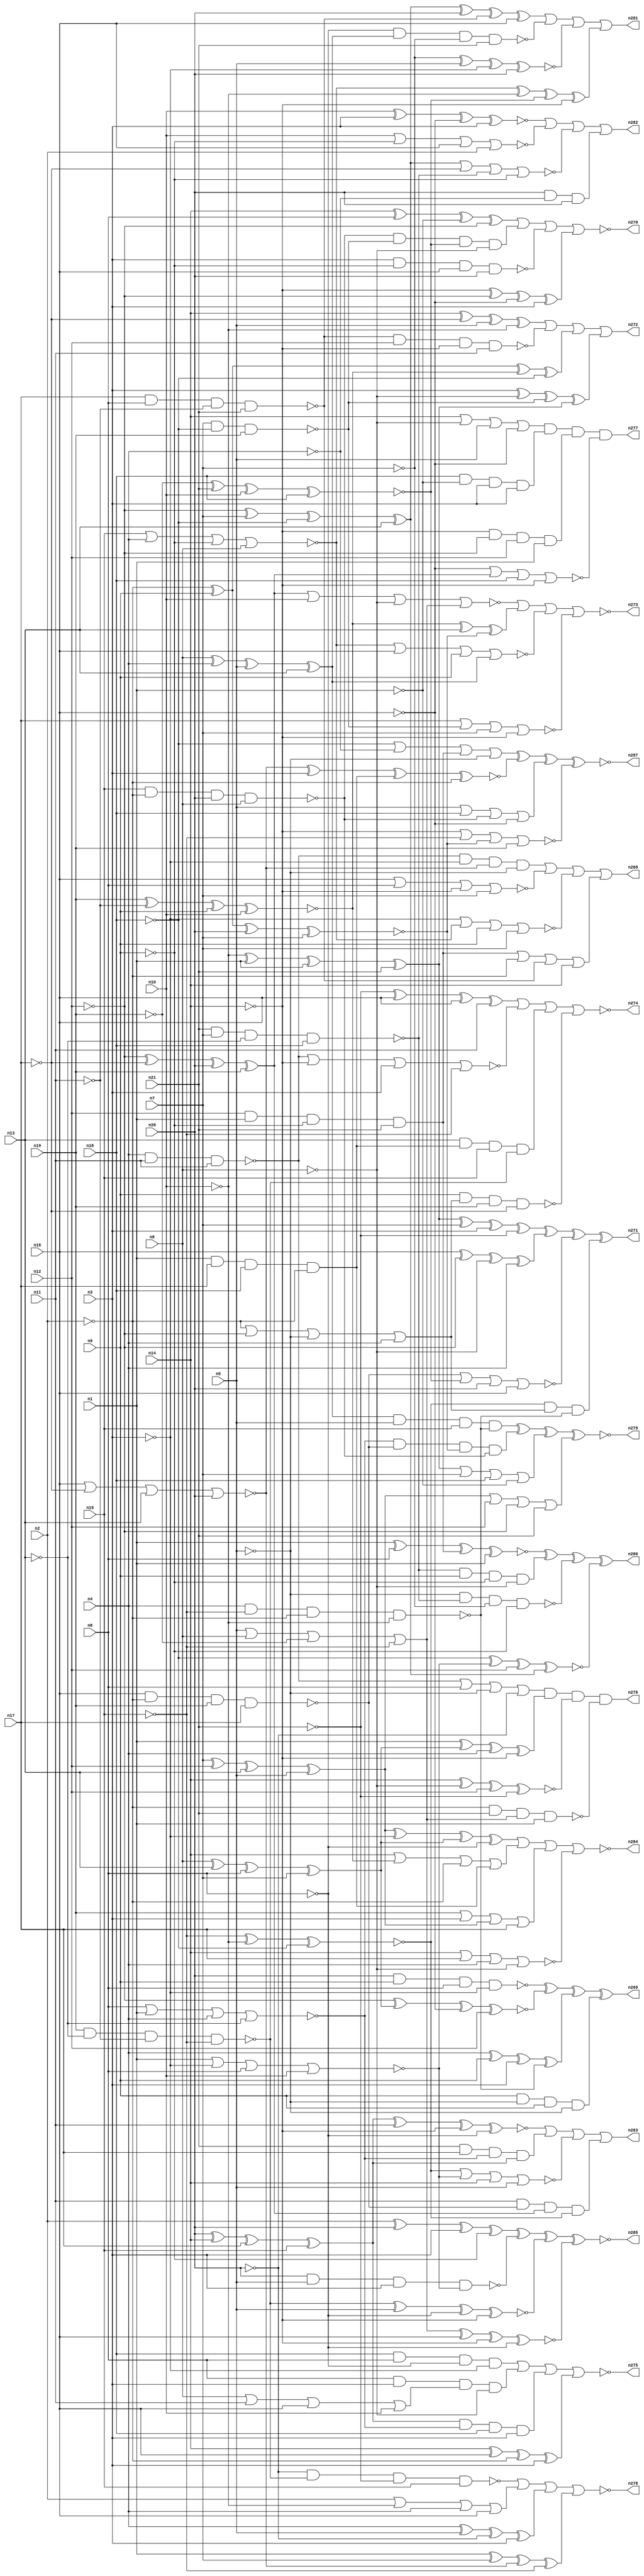
// Benchmark C:\Users\Lucas Nestor\Documents\osu\sp21\esl\circuit_generation\Stats\5_24_randomized_params\Stat_264_47 written by SynthGen on 2021/05/24 19:47:34
module Stat_264_47( n1, n2, n3, n4, n5, n6, n7, n8,
 n9, n10, n11, n12, n13, n14, n15, n16,
 n17, n18, n19, n20, n21,
 n284, n273, n276, n283, n279, n278, n280, n274,
 n269, n277, n282, n267, n272, n285, n268, n270,
 n271, n275, n281);

input n1, n2, n3, n4, n5, n6, n7, n8,
 n9, n10, n11, n12, n13, n14, n15, n16,
 n17, n18, n19, n20, n21;

output n284, n273, n276, n283, n279, n278, n280, n274,
 n269, n277, n282, n267, n272, n285, n268, n270,
 n271, n275, n281;

wire n22, n23, n24, n25, n26, n27, n28, n29,
 n30, n31, n32, n33, n34, n35, n36, n37,
 n38, n39, n40, n41, n42, n43, n44, n45,
 n46, n47, n48, n49, n50, n51, n52, n53,
 n54, n55, n56, n57, n58, n59, n60, n61,
 n62, n63, n64, n65, n66, n67, n68, n69,
 n70, n71, n72, n73, n74, n75, n76, n77,
 n78, n79, n80, n81, n82, n83, n84, n85,
 n86, n87, n88, n89, n90, n91, n92, n93,
 n94, n95, n96, n97, n98, n99, n100, n101,
 n102, n103, n104, n105, n106, n107, n108, n109,
 n110, n111, n112, n113, n114, n115, n116, n117,
 n118, n119, n120, n121, n122, n123, n124, n125,
 n126, n127, n128, n129, n130, n131, n132, n133,
 n134, n135, n136, n137, n138, n139, n140, n141,
 n142, n143, n144, n145, n146, n147, n148, n149,
 n150, n151, n152, n153, n154, n155, n156, n157,
 n158, n159, n160, n161, n162, n163, n164, n165,
 n166, n167, n168, n169, n170, n171, n172, n173,
 n174, n175, n176, n177, n178, n179, n180, n181,
 n182, n183, n184, n185, n186, n187, n188, n189,
 n190, n191, n192, n193, n194, n195, n196, n197,
 n198, n199, n200, n201, n202, n203, n204, n205,
 n206, n207, n208, n209, n210, n211, n212, n213,
 n214, n215, n216, n217, n218, n219, n220, n221,
 n222, n223, n224, n225, n226, n227, n228, n229,
 n230, n231, n232, n233, n234, n235, n236, n237,
 n238, n239, n240, n241, n242, n243, n244, n245,
 n246, n247, n248, n249, n250, n251, n252, n253,
 n254, n255, n256, n257, n258, n259, n260, n261,
 n262, n263, n264, n265, n266;

not  g0 (n82, n9);
not  g1 (n67, n14);
buf  g2 (n77, n8);
buf  g3 (n39, n1);
buf  g4 (n84, n1);
buf  g5 (n22, n13);
not  g6 (n49, n15);
buf  g7 (n63, n15);
buf  g8 (n25, n6);
buf  g9 (n28, n8);
not  g10 (n57, n2);
not  g11 (n30, n2);
not  g12 (n83, n13);
not  g13 (n42, n14);
not  g14 (n35, n2);
buf  g15 (n80, n6);
buf  g16 (n79, n20);
not  g17 (n47, n19);
buf  g18 (n62, n21);
not  g19 (n46, n5);
buf  g20 (n74, n11);
buf  g21 (n53, n9);
not  g22 (n68, n15);
not  g23 (n52, n3);
buf  g24 (n50, n16);
buf  g25 (n76, n10);
buf  g26 (n44, n21);
buf  g27 (n71, n19);
buf  g28 (n66, n20);
buf  g29 (n60, n16);
buf  g30 (n45, n3);
buf  g31 (n23, n21);
buf  g32 (n27, n1);
buf  g33 (n38, n8);
buf  g34 (n26, n14);
not  g35 (n70, n4);
buf  g36 (n32, n12);
buf  g37 (n40, n17);
not  g38 (n78, n17);
not  g39 (n48, n18);
not  g40 (n58, n12);
buf  g41 (n37, n10);
not  g42 (n55, n12);
buf  g43 (n73, n7);
buf  g44 (n56, n7);
buf  g45 (n51, n5);
not  g46 (n43, n16);
buf  g47 (n69, n9);
buf  g48 (n75, n20);
buf  g49 (n41, n4);
buf  g50 (n36, n18);
buf  g51 (n24, n19);
buf  g52 (n72, n4);
buf  g53 (n31, n18);
buf  g54 (n59, n5);
buf  g55 (n29, n3);
not  g56 (n81, n11);
buf  g57 (n54, n13);
buf  g58 (n64, n17);
buf  g59 (n65, n6);
not  g60 (n33, n10);
buf  g61 (n34, n11);
buf  g62 (n61, n7);
not  g63 (n162, n52);
not  g64 (n133, n47);
not  g65 (n186, n80);
buf  g66 (n120, n45);
not  g67 (n135, n57);
buf  g68 (n180, n70);
buf  g69 (n104, n75);
buf  g70 (n161, n45);
not  g71 (n102, n84);
buf  g72 (n95, n67);
buf  g73 (n114, n59);
not  g74 (n127, n75);
not  g75 (n154, n56);
not  g76 (n134, n55);
buf  g77 (n116, n66);
not  g78 (n160, n59);
not  g79 (n129, n70);
not  g80 (n163, n60);
not  g81 (n103, n69);
buf  g82 (n158, n26);
buf  g83 (n117, n67);
not  g84 (n108, n69);
buf  g85 (n132, n61);
buf  g86 (n145, n39);
not  g87 (n98, n28);
not  g88 (n170, n42);
not  g89 (n110, n51);
buf  g90 (n131, n58);
buf  g91 (n126, n66);
not  g92 (n92, n40);
not  g93 (n152, n65);
not  g94 (n143, n43);
buf  g95 (n93, n34);
buf  g96 (n155, n29);
not  g97 (n109, n43);
not  g98 (n164, n28);
buf  g99 (n87, n38);
buf  g100 (n138, n53);
buf  g101 (n130, n62);
buf  g102 (n88, n67);
buf  g103 (n153, n52);
buf  g104 (n146, n68);
not  g105 (n176, n31);
buf  g106 (n141, n22);
buf  g107 (n185, n42);
not  g108 (n125, n42);
buf  g109 (n140, n43);
buf  g110 (n128, n35);
not  g111 (n169, n82);
buf  g112 (n156, n36);
not  g113 (n151, n25);
buf  g114 (n171, n32);
not  g115 (n119, n37);
not  g116 (n178, n46);
not  g117 (n86, n44);
not  g118 (n121, n49);
buf  g119 (n113, n29);
buf  g120 (n188, n58);
buf  g121 (n94, n50);
buf  g122 (n89, n74);
buf  g123 (n115, n84);
not  g124 (n147, n26);
buf  g125 (n184, n53);
buf  g126 (n107, n50);
buf  g127 (n183, n61);
buf  g128 (n142, n30);
buf  g129 (n139, n31);
buf  g130 (n90, n23);
not  g131 (n179, n46);
not  g132 (n136, n70);
not  g133 (n100, n29);
buf  g134 (n175, n28);
buf  g135 (n157, n45);
not  g136 (n111, n23);
buf  g137 (n168, n37);
buf  g138 (n91, n64);
buf  g139 (n123, n77);
not  g140 (n112, n78);
xnor g141 (n124, n49, n33, n48);
nand g142 (n137, n50, n30, n71, n64);
xnor g143 (n101, n57, n53, n79, n56);
xor  g144 (n177, n25, n54, n77, n73);
xor  g145 (n167, n55, n73, n48, n54);
or   g146 (n187, n30, n55, n46, n41);
xor  g147 (n181, n25, n72, n51, n54);
nand g148 (n174, n63, n57, n79, n65);
or   g149 (n96, n59, n80, n47, n68);
nand g150 (n122, n72, n68, n35, n33);
nor  g151 (n148, n63, n41, n82, n80);
xnor g152 (n97, n47, n23, n76, n36);
and  g153 (n172, n32, n84, n82, n44);
xnor g154 (n105, n71, n81, n69, n76);
or   g155 (n85, n65, n34, n60, n37);
nor  g156 (n149, n77, n39, n72, n83);
nand g157 (n159, n61, n48, n24);
and  g158 (n99, n27, n40, n36, n35);
xor  g159 (n182, n75, n26, n64, n63);
xor  g160 (n189, n58, n78, n79, n24);
nor  g161 (n173, n27, n52, n38, n76);
xor  g162 (n106, n73, n32, n22, n51);
nand g163 (n144, n71, n83, n81, n49);
nand g164 (n150, n40, n38, n81, n62);
nand g165 (n190, n44, n56, n83, n31);
nand g166 (n118, n41, n74, n34);
xor  g167 (n165, n33, n27, n39, n62);
nor  g168 (n166, n60, n78, n22, n66);
xor  g169 (n240, n106, n153, n177, n98);
nand g170 (n264, n150, n171, n185, n89);
and  g171 (n202, n174, n159, n97, n152);
and  g172 (n199, n139, n102, n161, n113);
nor  g173 (n213, n94, n123, n95, n183);
xor  g174 (n206, n158, n175, n102, n131);
xor  g175 (n248, n136, n179, n127, n155);
nand g176 (n218, n128, n130, n96, n145);
xnor g177 (n217, n145, n175, n172, n115);
nand g178 (n216, n104, n138, n175, n153);
or   g179 (n196, n165, n132, n156, n102);
nor  g180 (n200, n137, n97, n126, n143);
nor  g181 (n219, n100, n148, n184, n132);
or   g182 (n256, n172, n128, n150, n158);
or   g183 (n229, n176, n180, n172, n160);
or   g184 (n228, n133, n155, n106, n91);
xnor g185 (n192, n131, n177, n140, n134);
or   g186 (n251, n125, n105, n142, n99);
xor  g187 (n223, n165, n132, n113, n111);
xnor g188 (n211, n182, n93, n147, n164);
nor  g189 (n266, n112, n159, n183, n95);
xor  g190 (n241, n185, n188, n140, n162);
or   g191 (n225, n125, n152, n178, n163);
xnor g192 (n226, n166, n155, n99, n128);
xnor g193 (n221, n96, n109, n147, n164);
xor  g194 (n209, n157, n186, n159, n165);
or   g195 (n210, n118, n123, n110, n127);
xor  g196 (n194, n148, n119, n97, n95);
nand g197 (n197, n157, n103, n143, n116);
xor  g198 (n232, n129, n138, n161, n122);
nor  g199 (n246, n168, n108, n107, n135);
xor  g200 (n201, n170, n92, n178, n119);
xor  g201 (n208, n184, n142, n105, n176);
nor  g202 (n205, n163, n189, n139, n88);
nor  g203 (n257, n148, n109, n184, n181);
and  g204 (n261, n118, n100, n166, n160);
nor  g205 (n231, n124, n173, n158, n114);
nor  g206 (n224, n125, n112, n136, n151);
xor  g207 (n245, n94, n188, n186, n129);
xnor g208 (n265, n168, n161, n163, n120);
and  g209 (n191, n117, n188, n171, n115);
and  g210 (n203, n90, n112, n149, n182);
and  g211 (n249, n104, n180, n116);
or   g212 (n243, n135, n119, n129, n107);
nand g213 (n207, n169, n187, n133, n92);
xnor g214 (n242, n176, n173, n134, n167);
and  g215 (n259, n141, n99, n121, n144);
xor  g216 (n212, n145, n177, n136, n117);
xor  g217 (n238, n115, n183, n166, n146);
nor  g218 (n233, n189, n168, n152, n96);
xnor g219 (n262, n154, n179, n100, n126);
and  g220 (n230, n123, n120, n85, n151);
or   g221 (n254, n178, n156, n174, n140);
nor  g222 (n222, n117, n146, n101, n133);
or   g223 (n234, n106, n171, n131, n130);
and  g224 (n227, n149, n137, n101, n174);
nand g225 (n198, n164, n181, n154, n130);
xor  g226 (n247, n105, n141, n101);
nand g227 (n255, n104, n114, n162, n173);
nor  g228 (n215, n118, n147, n162, n146);
and  g229 (n239, n93, n137, n189, n124);
and  g230 (n195, n124, n187, n122);
xor  g231 (n220, n135, n126, n157, n108);
and  g232 (n250, n190, n169, n103, n151);
and  g233 (n204, n139, n87, n98, n153);
xor  g234 (n237, n170, n109, n142, n120);
and  g235 (n193, n182, n149, n156, n113);
and  g236 (n244, n181, n179, n121, n122);
nand g237 (n235, n110, n190, n154, n103);
xor  g238 (n260, n167, n116, n150, n107);
xor  g239 (n236, n111, n143, n94, n93);
nor  g240 (n252, n167, n92, n190, n108);
and  g241 (n263, n138, n160, n169, n110);
xnor g242 (n258, n144, n114, n98, n185);
xnor g243 (n214, n170, n186, n134, n111);
nand g244 (n253, n127, n144, n86, n121);
or   g245 (n283, n211, n203, n231, n239);
xnor g246 (n267, n229, n226, n254, n222);
nor  g247 (n270, n206, n202, n197, n241);
or   g248 (n281, n260, n198, n262, n194);
xnor g249 (n279, n244, n227, n196, n234);
xor  g250 (n269, n216, n192, n232, n263);
nor  g251 (n284, n240, n251, n228, n224);
or   g252 (n282, n265, n246, n252, n249);
and  g253 (n276, n210, n212, n214, n218);
nor  g254 (n278, n253, n243, n248, n238);
or   g255 (n272, n201, n264, n208, n209);
and  g256 (n277, n225, n199, n191, n205);
xor  g257 (n280, n217, n250, n235, n242);
or   g258 (n268, n261, n213, n219, n256);
nor  g259 (n273, n233, n247, n257, n266);
nor  g260 (n274, n236, n215, n259, n207);
xor  g261 (n271, n223, n245, n200, n195);
xnor g262 (n285, n220, n255, n258, n221);
nor  g263 (n275, n204, n230, n193, n237);
endmodule